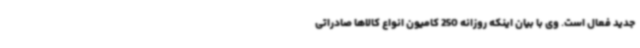
جدید فعال است. وی با بیان اینکه روزانه 250 کامیون انواع کالاها صادراتی